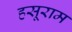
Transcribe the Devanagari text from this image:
हसूराम